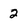
Character: 2